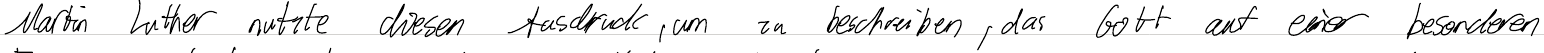
Martin Luther nutzte diesen Ausdruck, um zu beschreiben, das Gott auf einer besonderen